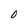
Character: 0